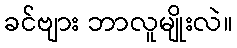
ခင်ဗျား ဘာလူမျိုးလဲ။